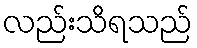
လည်းသိရသည်